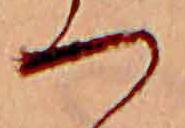
つ